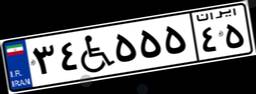
۳۴W۵۵۵۴۵